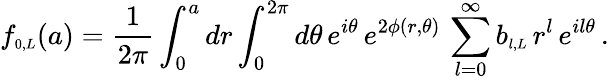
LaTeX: f_{\scriptscriptstyle{0,L}}(a)=\frac{1}{2\pi}\int_{0}^{a}dr\int_{0}^{2\pi}d\theta\, e^{i\theta}\, e^{2\phi(r,\theta)}\, \sum_{l=0}^{\infty}b_{\scriptscriptstyle{l,L}}\, r^{l}\, e^{il\theta}\, .